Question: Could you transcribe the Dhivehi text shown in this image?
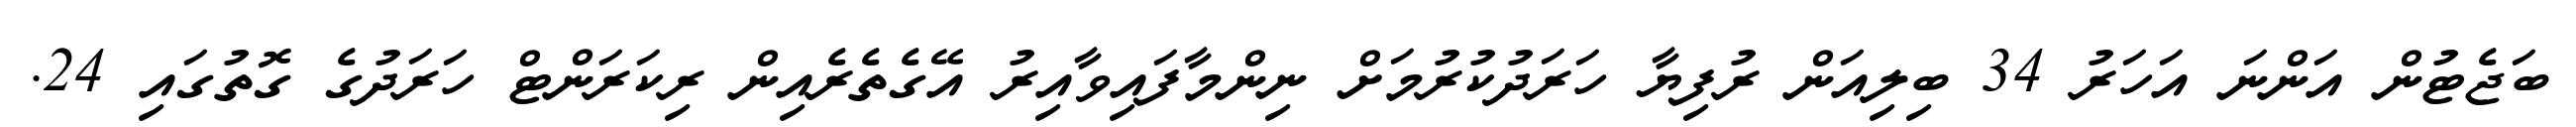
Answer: ބަޖެޓުން އަންނަ އަހަރު 34 ބިލިއަން ރުފިޔާ ހަރަދުކުރުމަށް ނިންމާފައިވާއިރު އޭގެތެރެއިން ރިކަރަންޓް ހަރަދުގެ ގޮތުގައި 24.